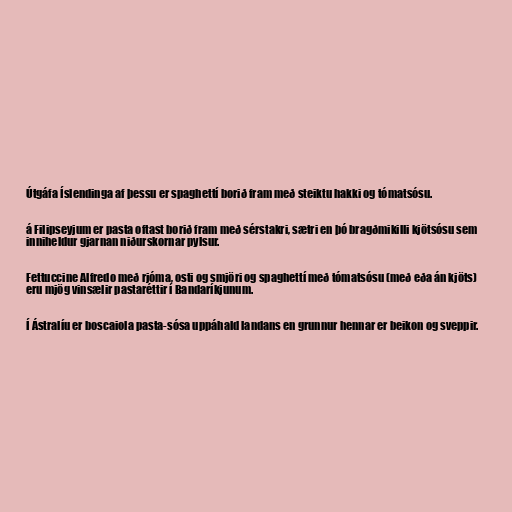
Útgáfa Íslendinga af þessu er spaghettí borið fram með steiktu hakki og tómatsósu.

á Filipseyjum er pasta oftast borið fram með sérstakri, sætri en þó bragðmikilli kjötsósu sem
inniheldur gjarnan niðurskornar pylsur.

Fettuccine Alfredo með rjóma, osti og smjöri og spaghettí með tómatsósu (með eða án kjöts)
eru mjög vinsælir pastaréttir í Bandaríkjunum.

Í Ástralíu er boscaiola pasta-sósa uppáhald landans en grunnur hennar er beikon og sveppir.